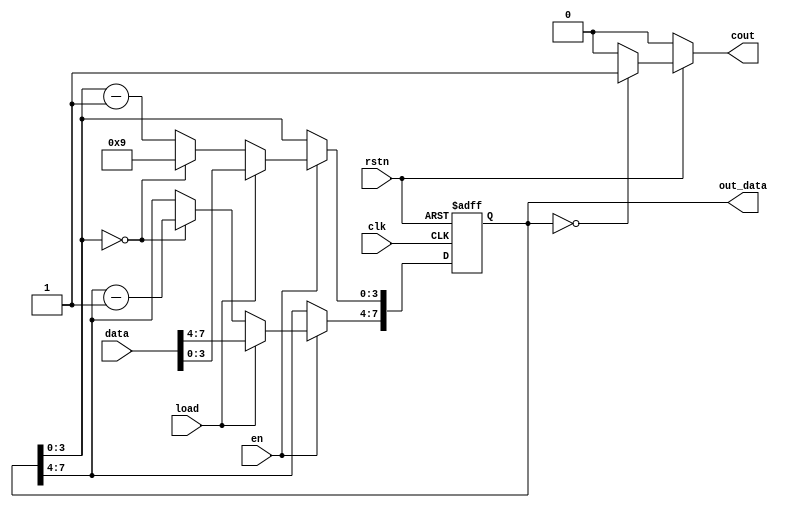
`timescale 1ns / 1ps
//////////////////////////////////////////////////////////////////////////////////
// Company: 
// Engineer: 
// 
// Design Name: 
// Module Name: cnt
// Project Name: 
// Target Devices: 
// Tool Versions: 
// Description: 
// 
// Dependencies: 
// 
// Revision:
// Revision 0.01 - File Created
// Additional Comments:
// 
//////////////////////////////////////////////////////////////////////////////////


module cnt10(clk,rstn,en,load,data,out_data,cout);

input 	clk,rstn,en,load;
input		[7:0]data;
output reg	[7:0] out_data;
output reg	cout;

always@(posedge clk,negedge rstn)
    begin
	if(!rstn)begin
		out_data<=8'h30;
	end
	else if(en)
	begin
		if(load)
			out_data<=data;
		else if(out_data[3:0]==4'b0)
		  begin
		    out_data[7:4]<=out_data[7:4]-4'b1;
		    out_data[3:0]<=4'h9;
		  end
		else
		  out_data[3:0]<=out_data[3:0]-4'b1;
    end		
	end

always@(*)
begin
    if(!rstn)
        cout=1'b0;
    else if(out_data==8'b0)
        cout=1'b1;
    else
        cout=1'b0;
end
endmodule